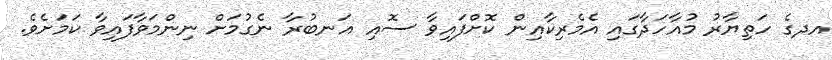
އދގެ ހަތިޔާރު މުއާހަދާގައި އެމެރިކާއިން ކޮށްފައިވާ ސޮއި އަނބުރާ ނެގުމަށް ނިންމަވާފައިވާ ކަމަށެވެ.